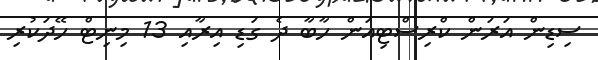
ސިޑިން އަރަން ކްރިސްޓިއަން ހާބާ ދެ ގަޑި އިރާއި 13 މިނިޓް ހޭދަކުރި